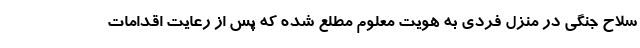
سلاح جنگی در منزل فردی به هویت معلوم مطلع شده که پس از رعایت اقدامات